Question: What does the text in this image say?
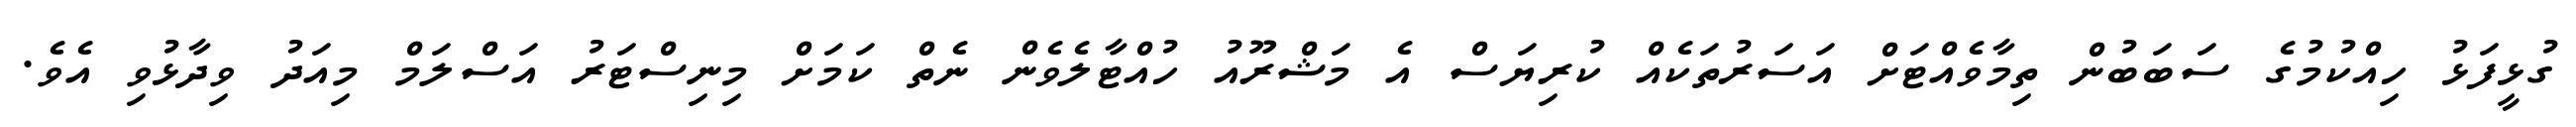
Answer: ގުޅީފަޅު ހިއްކުމުގެ ސަބަބުން ތިމާވެއްޓަށް އަސަރުތަކެއް ކުރިޔަސް އެ މަޝްރޫއު ހުއްޓާލެވެން ނެތް ކަމަށް މިނިސްޓަރު އަސްލަމް މިއަދު ވިދާޅުވި އެވެ.